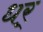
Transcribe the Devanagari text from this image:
धर्